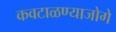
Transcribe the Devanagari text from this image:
कवटाळण्याजोगे